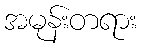
အမုန်းတရား